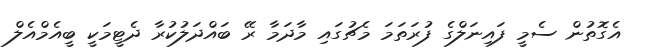
އެގޮތުން ސެމީ ފައިނަލްގެ ފުރަތަމަ މެޗުގައި މާދަމާ ރޭ ބައްދަލުކުރާ ދެޓީމަކީ ބީއެމްއެލް